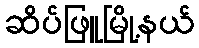
ဆိပ်ဖြူမြို့နယ်